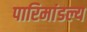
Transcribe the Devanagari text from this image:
पारिमांडल्य